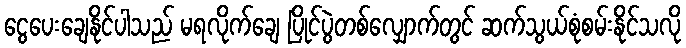
ငွေပေးချေနိုင်ပါသည် မရလိုက်ချေ ပြိုင်ပွဲတစ်လျှောက်တွင် ဆက်သွယ်စုံစမ်းနိုင်သလို